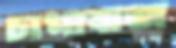
চাপাবাজ